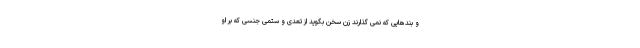
و بندهایی که نمی گذارند زن سخن بگوید از تعدی و ستمی جنسی که بر او